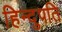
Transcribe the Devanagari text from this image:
हिन्दुपति